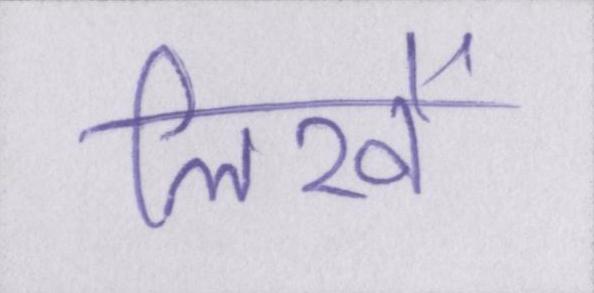
लिखें